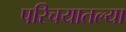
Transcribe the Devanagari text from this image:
परिचयातल्या